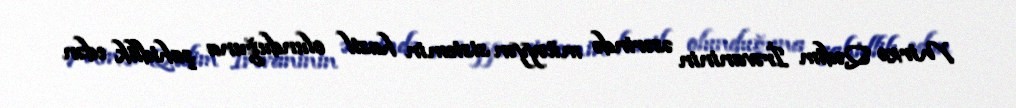
Mirzə Qədim İrəvaninin əsərində müəyyən sistemin hasil olunduğuna şahidlik edən